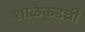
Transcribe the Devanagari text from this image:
शाळेकडची